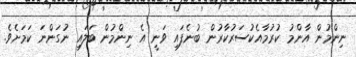
ނިންމުން އާންމު ކުރުމާއެކުސަރުކާރުން ބުނެފައި ވަނީ އެ ނިންމުން ބަލައި ނުގަންނަ ކަމަށެވެ.